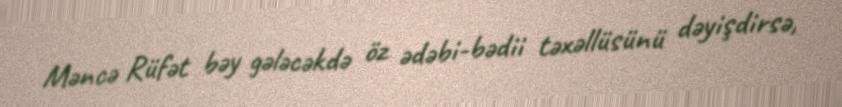
Məncə Rüfət bəy gələcəkdə öz ədəbi-bədii təxəllüsünü dəyişdirsə,